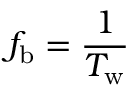
f _ { \mathrm { b } } = \frac { 1 } { T _ { \mathrm { w } } }